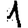
Digit: 1